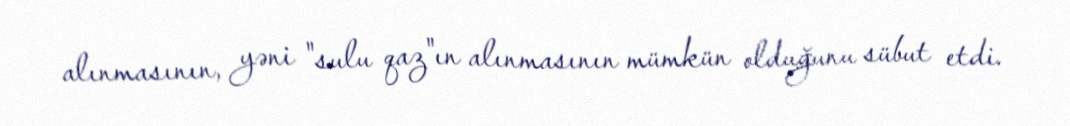
alınmasının, yəni "sulu qaz"ın alınmasının mümkün olduğunu sübut etdi.